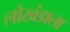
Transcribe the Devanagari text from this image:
लोखंडाला